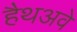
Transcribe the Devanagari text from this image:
हैथअवे